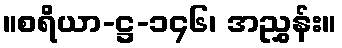
။စရိယာ-ဋ္ဌ-၁၄၆၊ အညွှန်း။